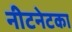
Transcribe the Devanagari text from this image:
नीटनेटका